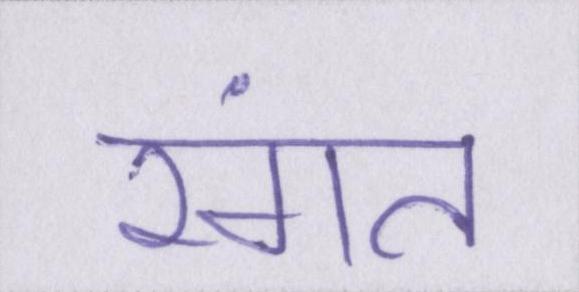
रंगत